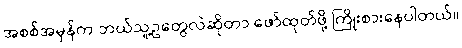
အစစ်အမှန်က ဘယ်သူ့ဥတွေလဲဆိုတာ ဖော်ထုတ်ဖို့ ကြိုးစားနေပါတယ်။